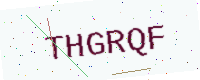
Text: THGRQF